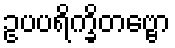
ဥပပရိက္ခိတဗ္ဗော